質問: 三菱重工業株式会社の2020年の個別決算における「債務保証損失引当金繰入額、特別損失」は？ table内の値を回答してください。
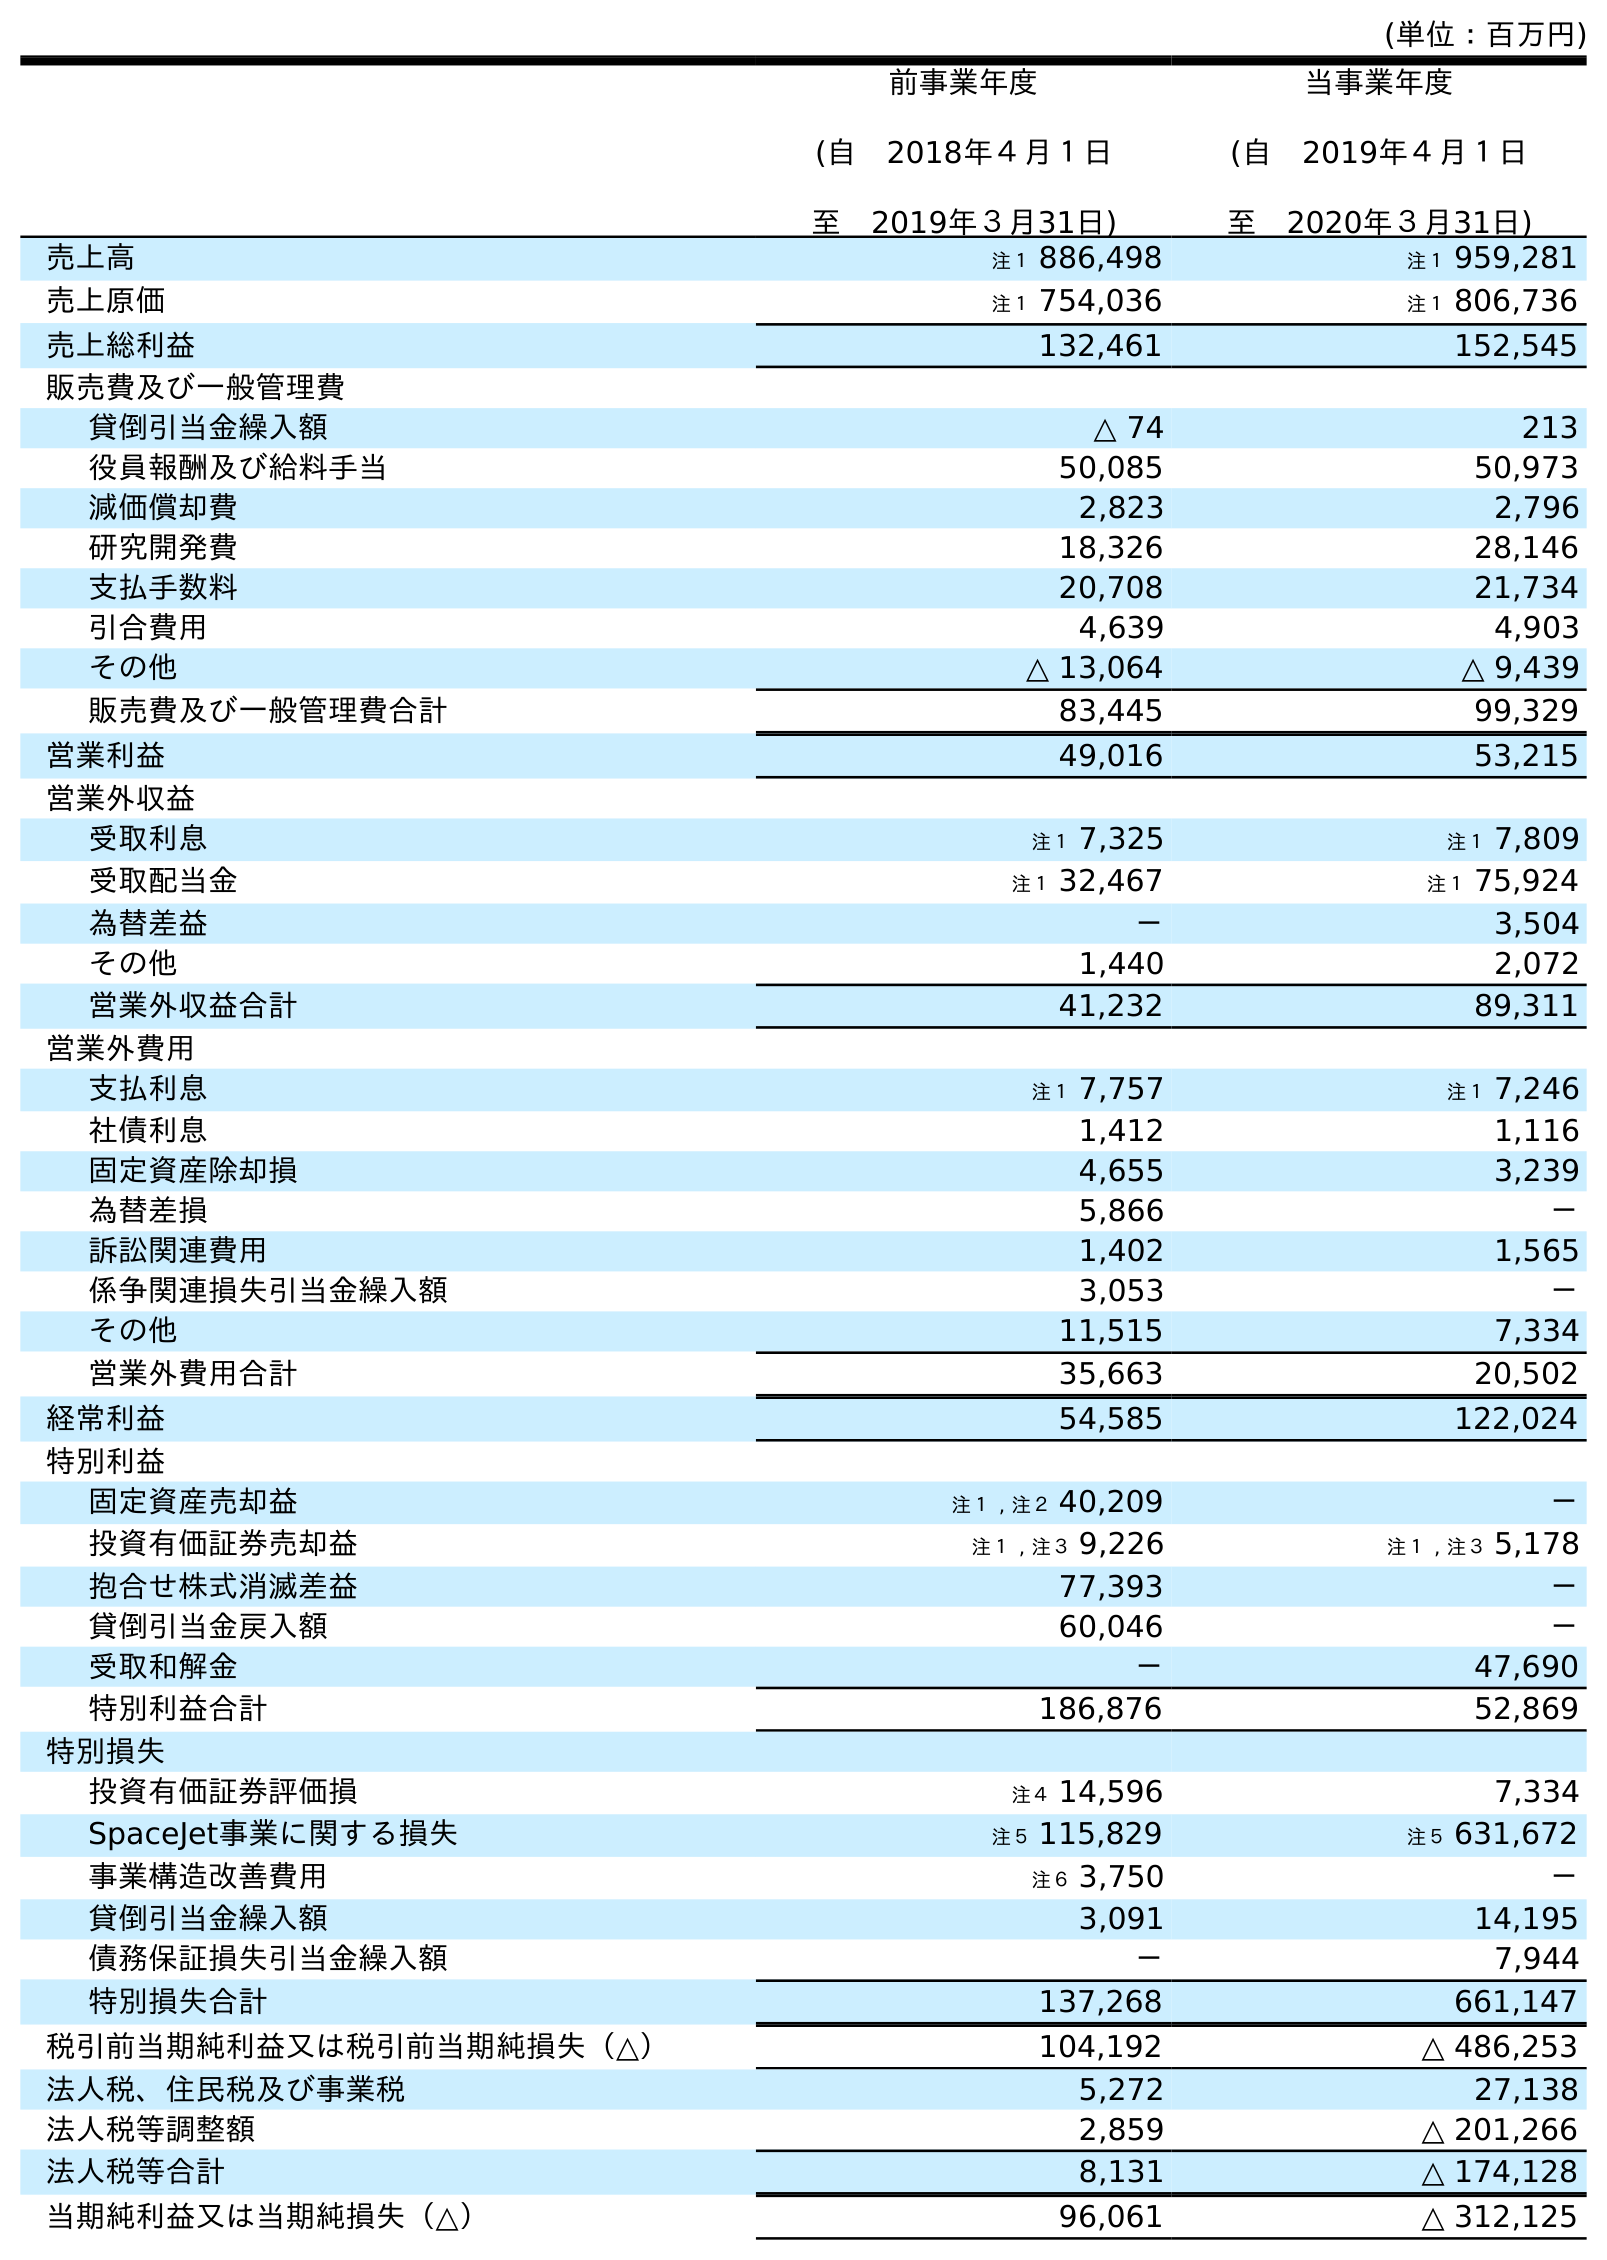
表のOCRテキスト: (単位：百万円) 前事業年度 (自 2018年４月１日 至 2019年３月31日) 当事業年度 (自 2019年４月１日 至 2020年３月31日) 売上高 注１ 886,498 注１ 959,281 売上原価 注１ 754,036 注１ 806,736 売上総利益 132,461 152,545 販売費及び一般管理費 貸倒引当金繰入額 △ 74 213 役員報酬及び給料手当 50,085 50,973 減価償却費 2,823 2,796 研究開発費 18,326 28,146 支払手数料 20,708 21,734 引合費用 4,639 4,903 その他 △ 13,064 △ 9,439 販売費及び一般管理費合計 83,445 99,329 営業利益 49,016 53,215 営業外収益 受取利息 注１ 7,325 注１ 7,809 受取配当金 注１ 32,467 注１ 75,924 為替差益 － 3,504 その他 1,440 2,072 営業外収益合計 41,232 89,311 営業外費用 支払利息 注１ 7,757 注１ 7,246 社債利息 1,412 1,116 固定資産除却損 4,655 3,239 為替差損 5,866 － 訴訟関連費用 1,402 1,565 係争関連損失引当金繰入額 3,053 － その他 11,515 7,334 営業外費用合計 35,663 20,502 経常利益 54,585 122,024 特別利益 固定資産売却益 注１ , 注２ 40,209 － 投資有価証券売却益 注１ , 注３ 9,226 注１ , 注３ 5,178 抱合せ株式消滅差益 77,393 － 貸倒引当金戻入額 60,046 － 受取和解金 － 47,690 特別利益合計 186,876 52,869 特別損失 投資有価証券評価損 注４ 14,596 7,334 SpaceJet事業に関する損失 注５ 115,829 注５ 631,672 事業構造改善費用 注６ 3,750 － 貸倒引当金繰入額 3,091 14,195 債務保証損失引当金繰入額 － 7,944 特別損失合計 137,268 661,147 税引前当期純利益又は税引前当期純損失（△） 104,192 △ 486,253 法人税、住民税及び事業税 5,272 27,138 法人税等調整額 2,859 △ 201,266 法人税等合計 8,131 △ 174,128 当期純利益又は当期純損失（△） 96,061 △ 312,125
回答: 7,944